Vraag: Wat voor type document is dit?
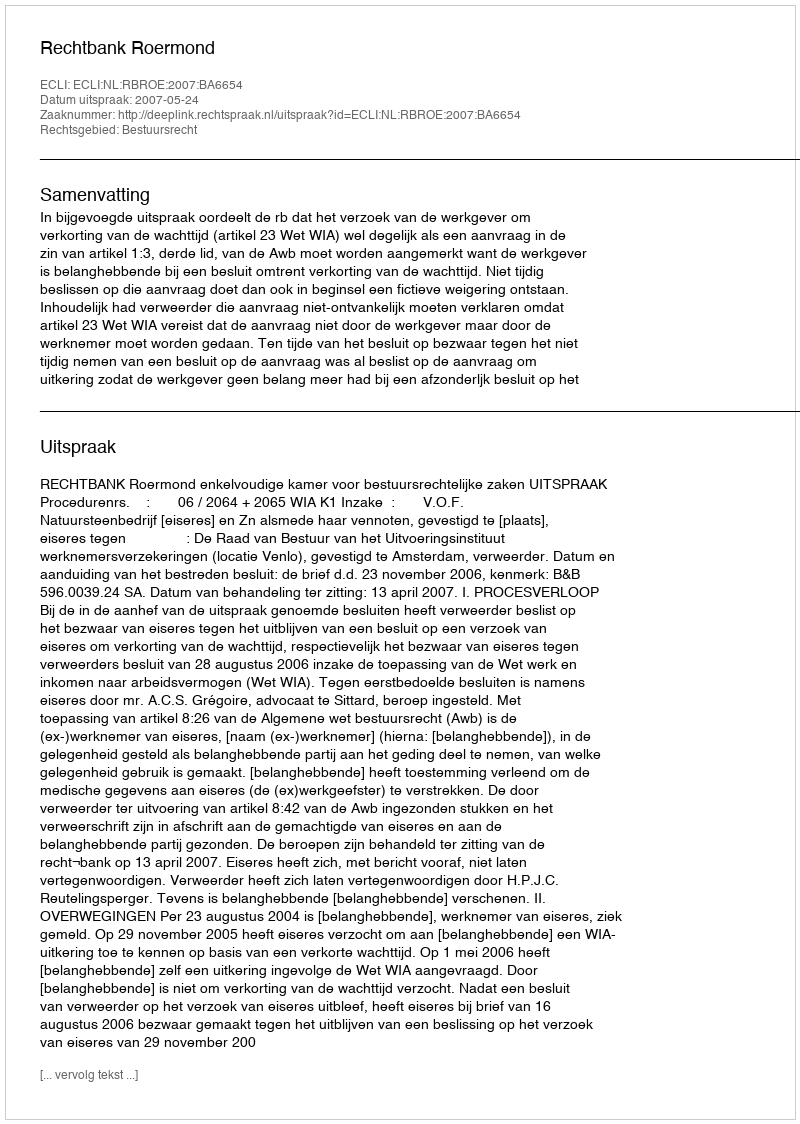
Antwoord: Uitspraak